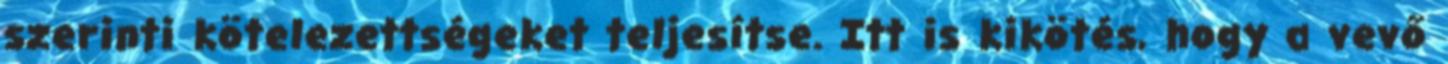
szerinti kötelezettségeket teljesítse. Itt is kikötés, hogy a vevő